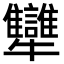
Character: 犫